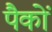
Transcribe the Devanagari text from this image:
पैकों